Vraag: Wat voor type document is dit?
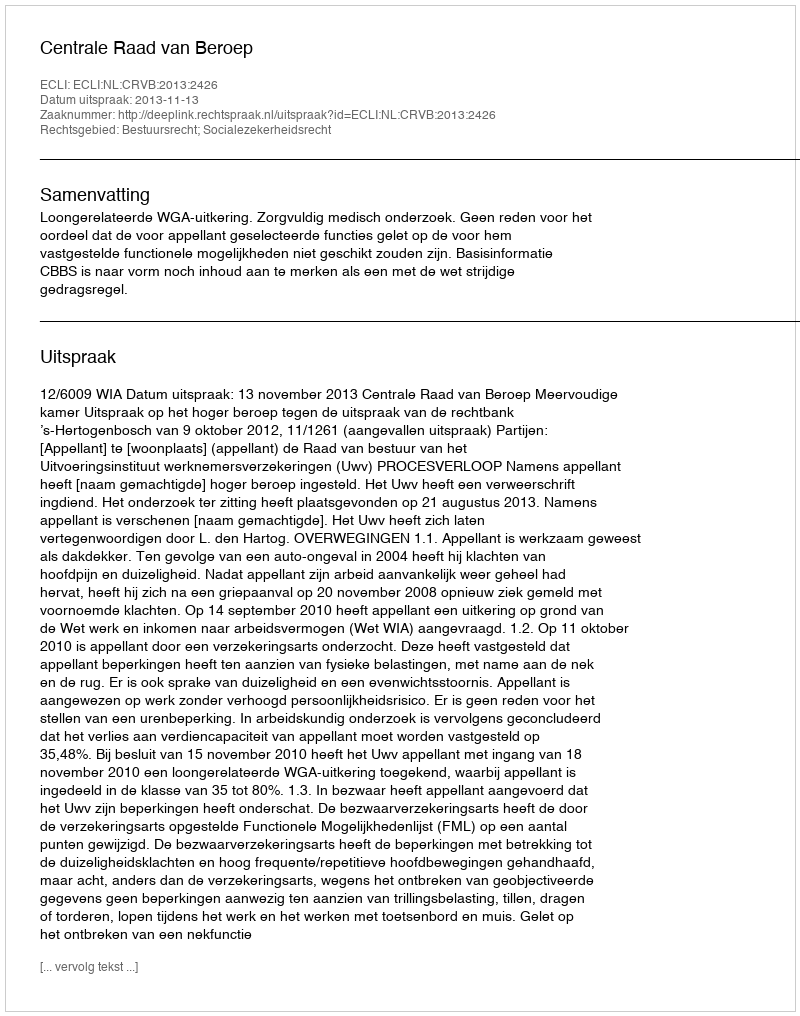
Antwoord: Uitspraak